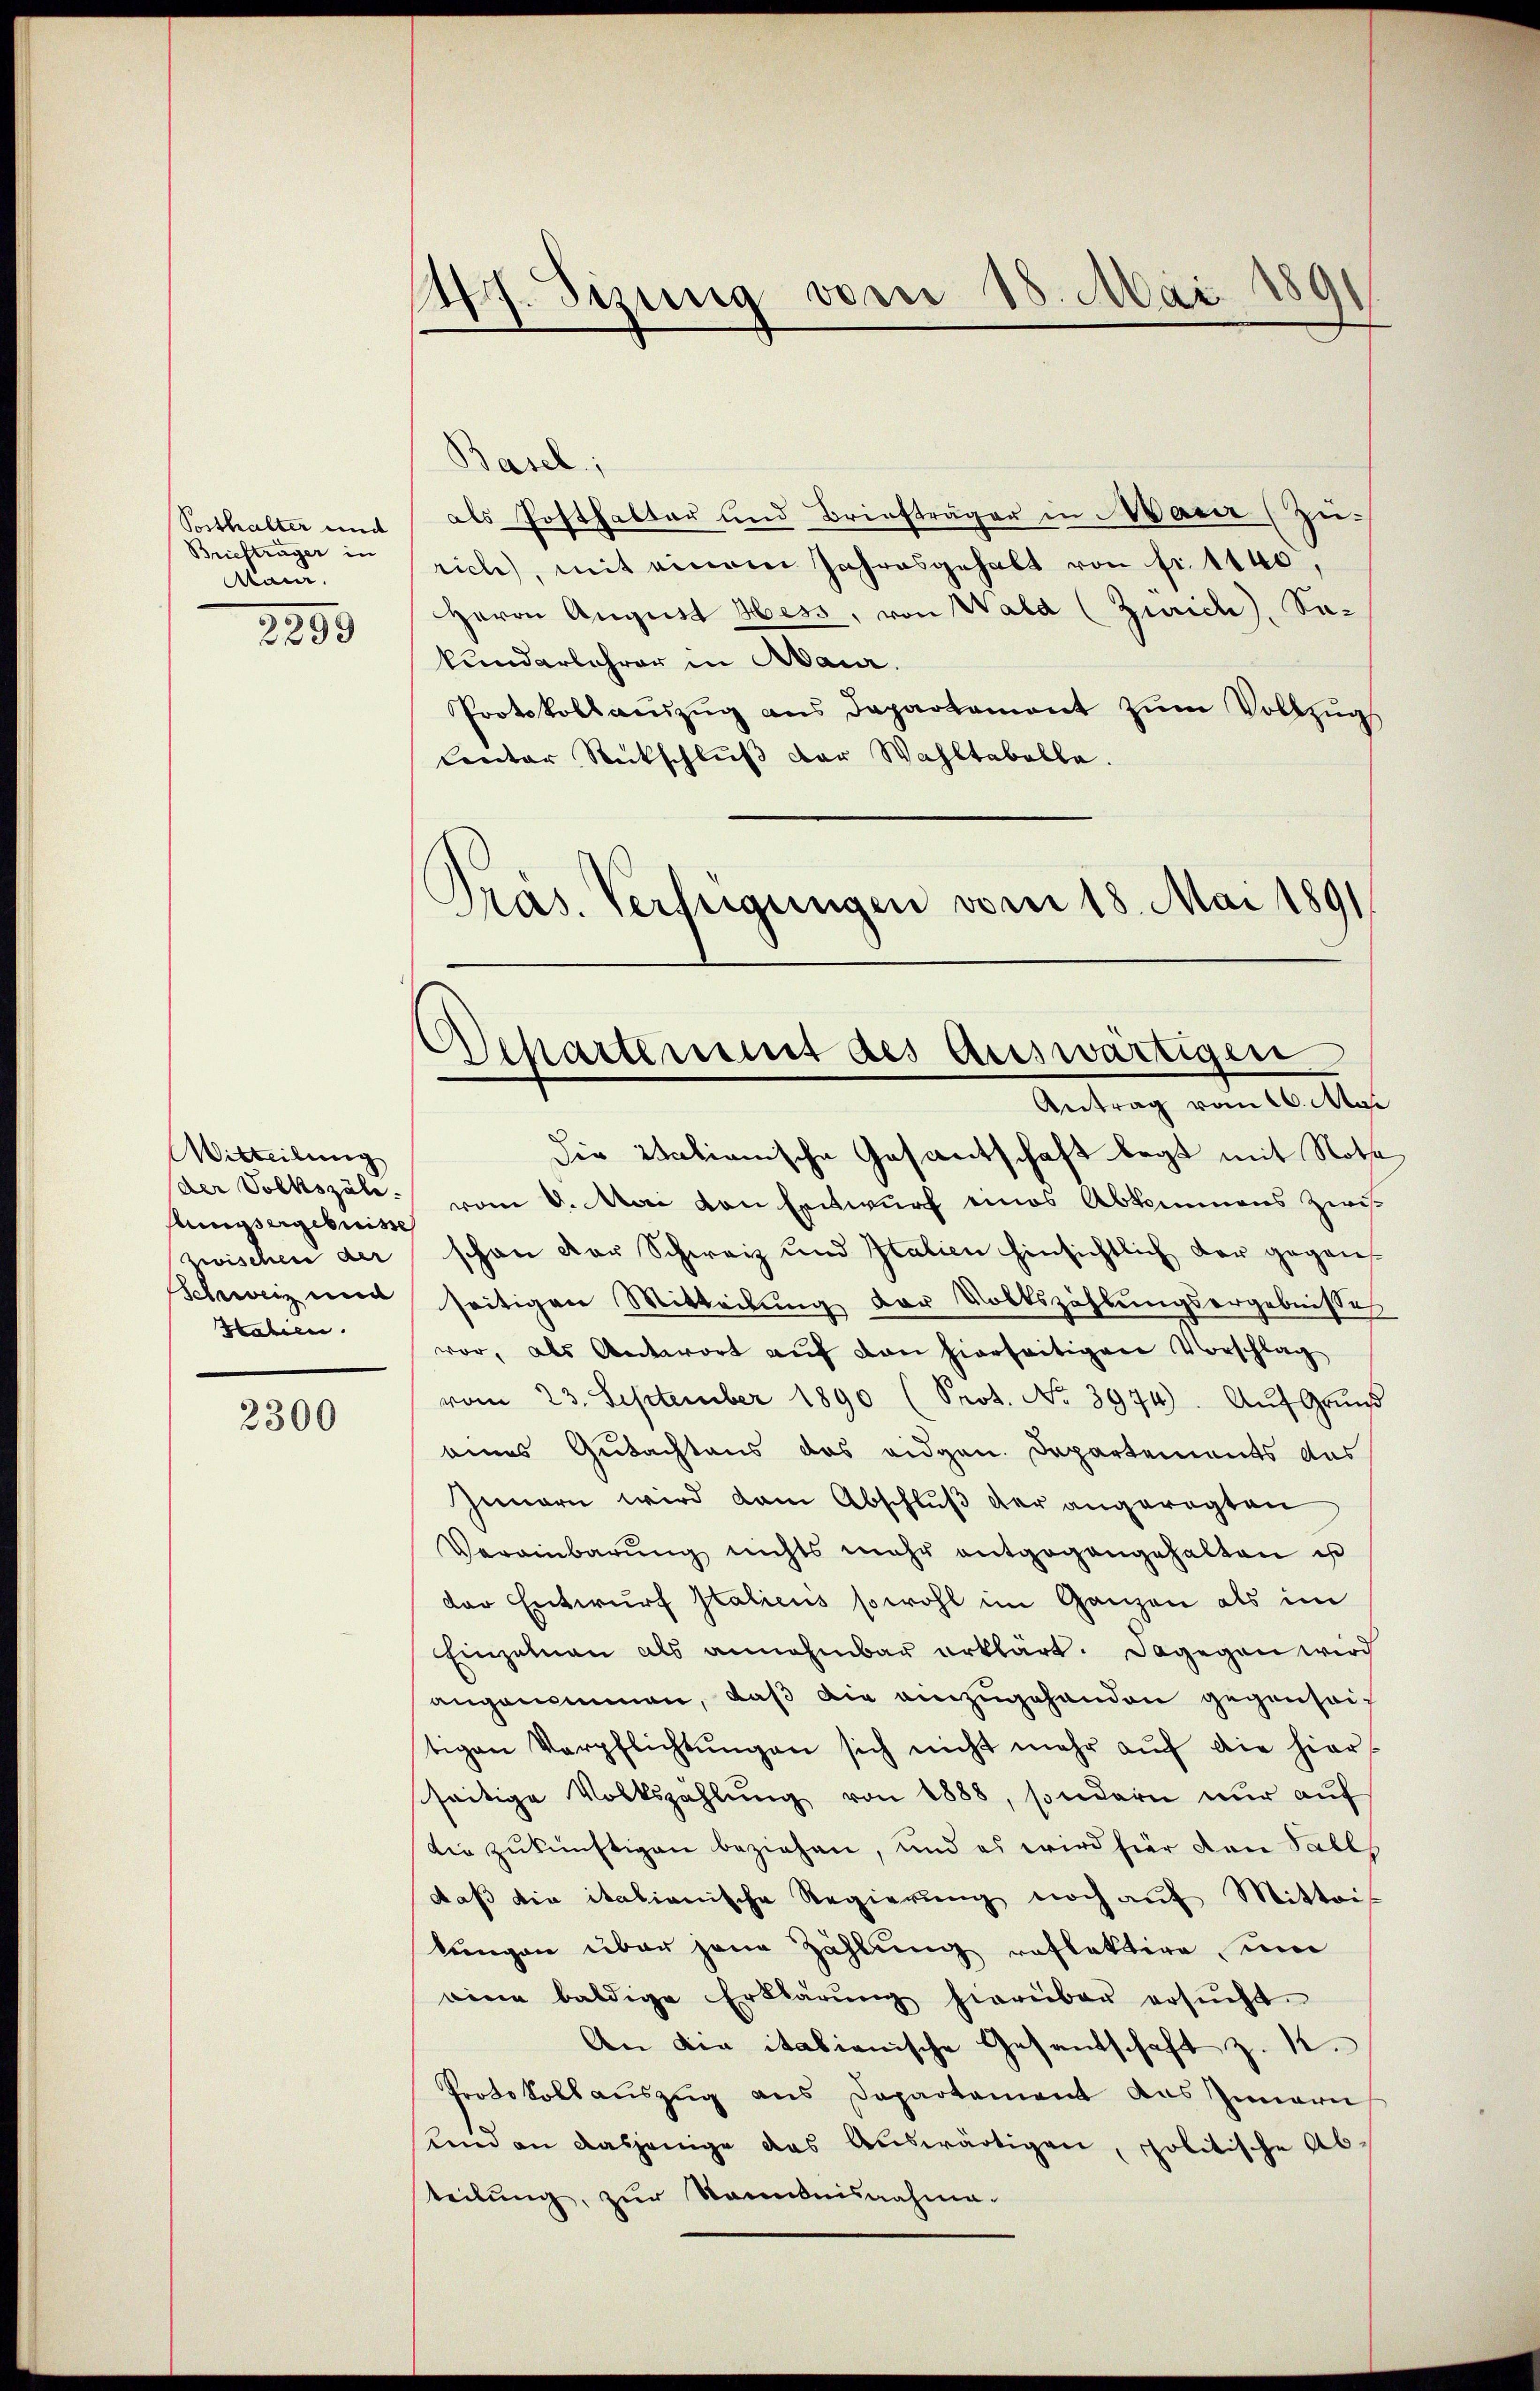
Briefträger in
tan.

2253

Witteilung
der Volkszäh
stungsergebnisse
Zwischen der
Schweiz und
Haben.

2300

)
Af. Sizung vom 30. Mai 1891

Basel;
Posthalter und als Posthalter und Briefträger in Maier (Zu-
rich, mit einem Jahresgehalt von fr. 1140,
Herrn August Hess, von Wald (Zürich), Sakundarlehrer in Maur.
Protokollanzŭg ans Departament zŭm Vollzŭgs
lentar Rückschluß der Wahltabelle.
Präs. Verfügungen vom 18. Mai 1891

.
Departement des auswärtigen
Antrag vom 16. Mai

Die Italianische Gesantschaft legt mit Nothe
vom 6. Mai von Entwurf eines Abkommens zwisschon der Schweiz und Italien hinsichtlich der gegen
seitigen Mitteilung der Volkszählungsergebnisses
vor, als Antwort aŭf von hierseitigen Vorschlag
vom 23. September 1890 (Prot. No. 3974). Aŭf Grŭnd
eines Gutachtens das eidgen. Departements das
Innern wird dem Abschluß der angeregten
Vereinbarung nichts mehr entgegangehalten is
der Entwurf Italiciis sowohl im Ganzen als im
Einzelnen als annehmbar erklärt. Dagegen wird
angenommen, daß die einzugehenden gegenseitigen Verpflichtŭngen sich nicht mehr aŭf die hier-
seitige Volkszählŭng von 1888, sondern nŭr aŭf
die zukünftigen beziehen, und es wird hier den Salls
daß die italianische Regierung noch auf Mitteis
lungen über jene Zahlung reflektire inn
eine baldige Erklärŭng hierüber ersŭcht.
An die italienische Gesandschaft z. K.
Protokoll auszug aus Departement das Innern
um an dasjenige das Auswärtigen, politische Ab-
teilung, zur Kenntnisnahme.